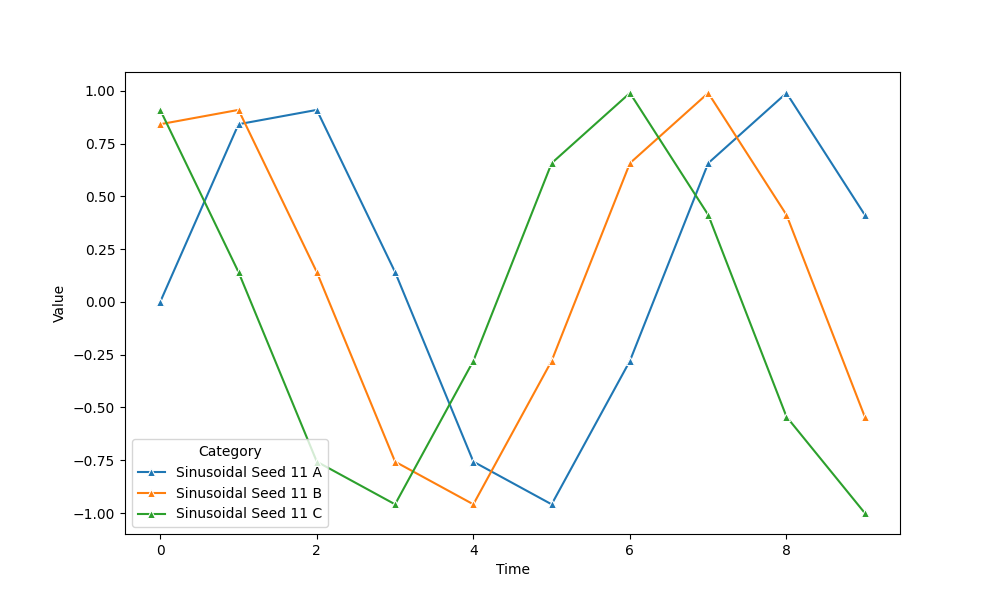
python, seaborn, lineplot, style='solid', marker='^'